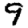
Digit: 9